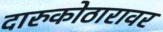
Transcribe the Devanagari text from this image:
दारुकोठारावर